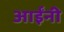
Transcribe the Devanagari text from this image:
आईंनी